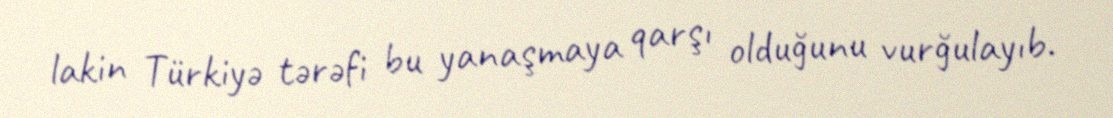
lakin Türkiyə tərəfi bu yanaşmaya qarşı olduğunu vurğulayıb.